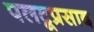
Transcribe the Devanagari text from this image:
पलटूप्रसाद